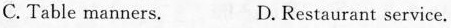
C. Table manners. D. Restaurant service.